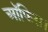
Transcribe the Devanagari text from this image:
आॅफिस।